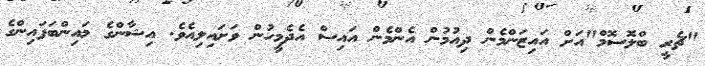
"ޗެރީ ބްލޮސޮމް"އަށް އައިޒަންމެން ދިއުމުން އެންމެން އައިސް އެދެމީހުން ވަށައިލިއެވެ. އިޝާންގެ މައިންބަފައިންގެ